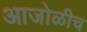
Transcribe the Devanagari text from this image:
आजोळीच